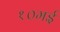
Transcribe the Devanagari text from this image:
१०मई